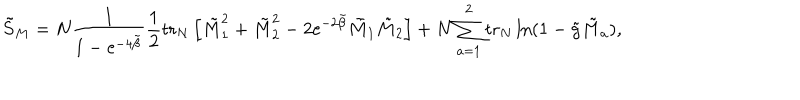
LaTeX: \tilde { S } _ { M } = N \frac { 1 } { 1 - \mathrm { e } ^ { - 4 \tilde { \beta } } } \frac { 1 } { 2 } \mathrm { t r } _ { N } \left[ \tilde { M } _ { 1 } ^ { 2 } + \tilde { M } _ { 2 } ^ { 2 } - 2 \mathrm { e } ^ { - 2 \tilde { \beta } } \tilde { M } _ { 1 } \tilde { M } _ { 2 } \right] + N \sum _ { a = 1 } ^ { 2 } \mathrm { t r } _ { N } \ln ( 1 - \tilde { g } \tilde { M } _ { a } ) ,